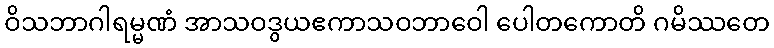
ဝိသဘာဂါရမ္မဏံ အာသဝဒွယဧကာသဝဘာဝေါ ပေါတကောတိ ဂမိဿတေ